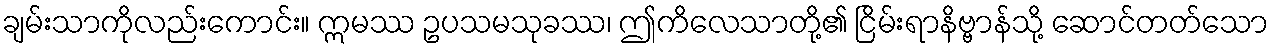
ချမ်းသာကိုလည်းကောင်း။ ဣမဿ ဥပသမသုခဿ၊ ဤကိလေသာတို့၏ ငြိမ်းရာနိဗ္ဗာန်သို့ ဆောင်တတ်သော